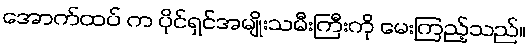
အောက်ထပ် က ပိုင်ရှင်အမျိုးသမီးကြီးကို မေးကြည့်သည်။